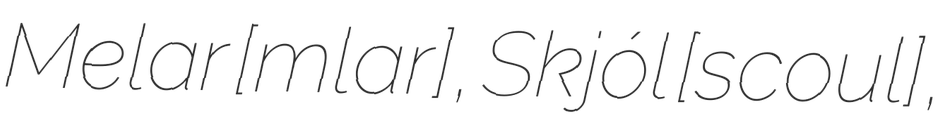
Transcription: Melar [ˈmɛːlar̥], Skjól [ˈscouːl̥],